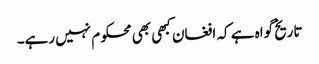
تاریخ گواہ ہے کہ افغان کبھی بھی محکوم نہیں رہے۔